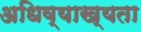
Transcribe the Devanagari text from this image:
अधिव्याख्यता